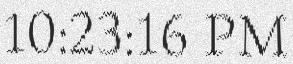
10:23:16 PM